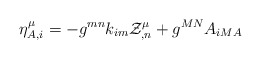
\begin{align*}\eta^{\mu}_{A,i}= -{g}^{mn}{k}_{im}{\cal Z}^{\mu}_{,n}+g^{MN}{A}_{iMA}\end{align*}